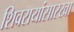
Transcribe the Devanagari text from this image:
शिवरायांसारखा